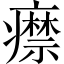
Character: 𤻎